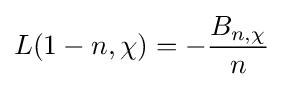
L(1-n,\chi )=-{\frac {B_{n,\chi }}{n}}